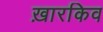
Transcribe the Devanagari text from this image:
ख़ारकिव